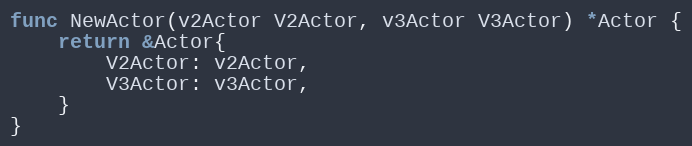
Language: Go
func NewActor(v2Actor V2Actor, v3Actor V3Actor) *Actor {
	return &Actor{
		V2Actor: v2Actor,
		V3Actor: v3Actor,
	}
}